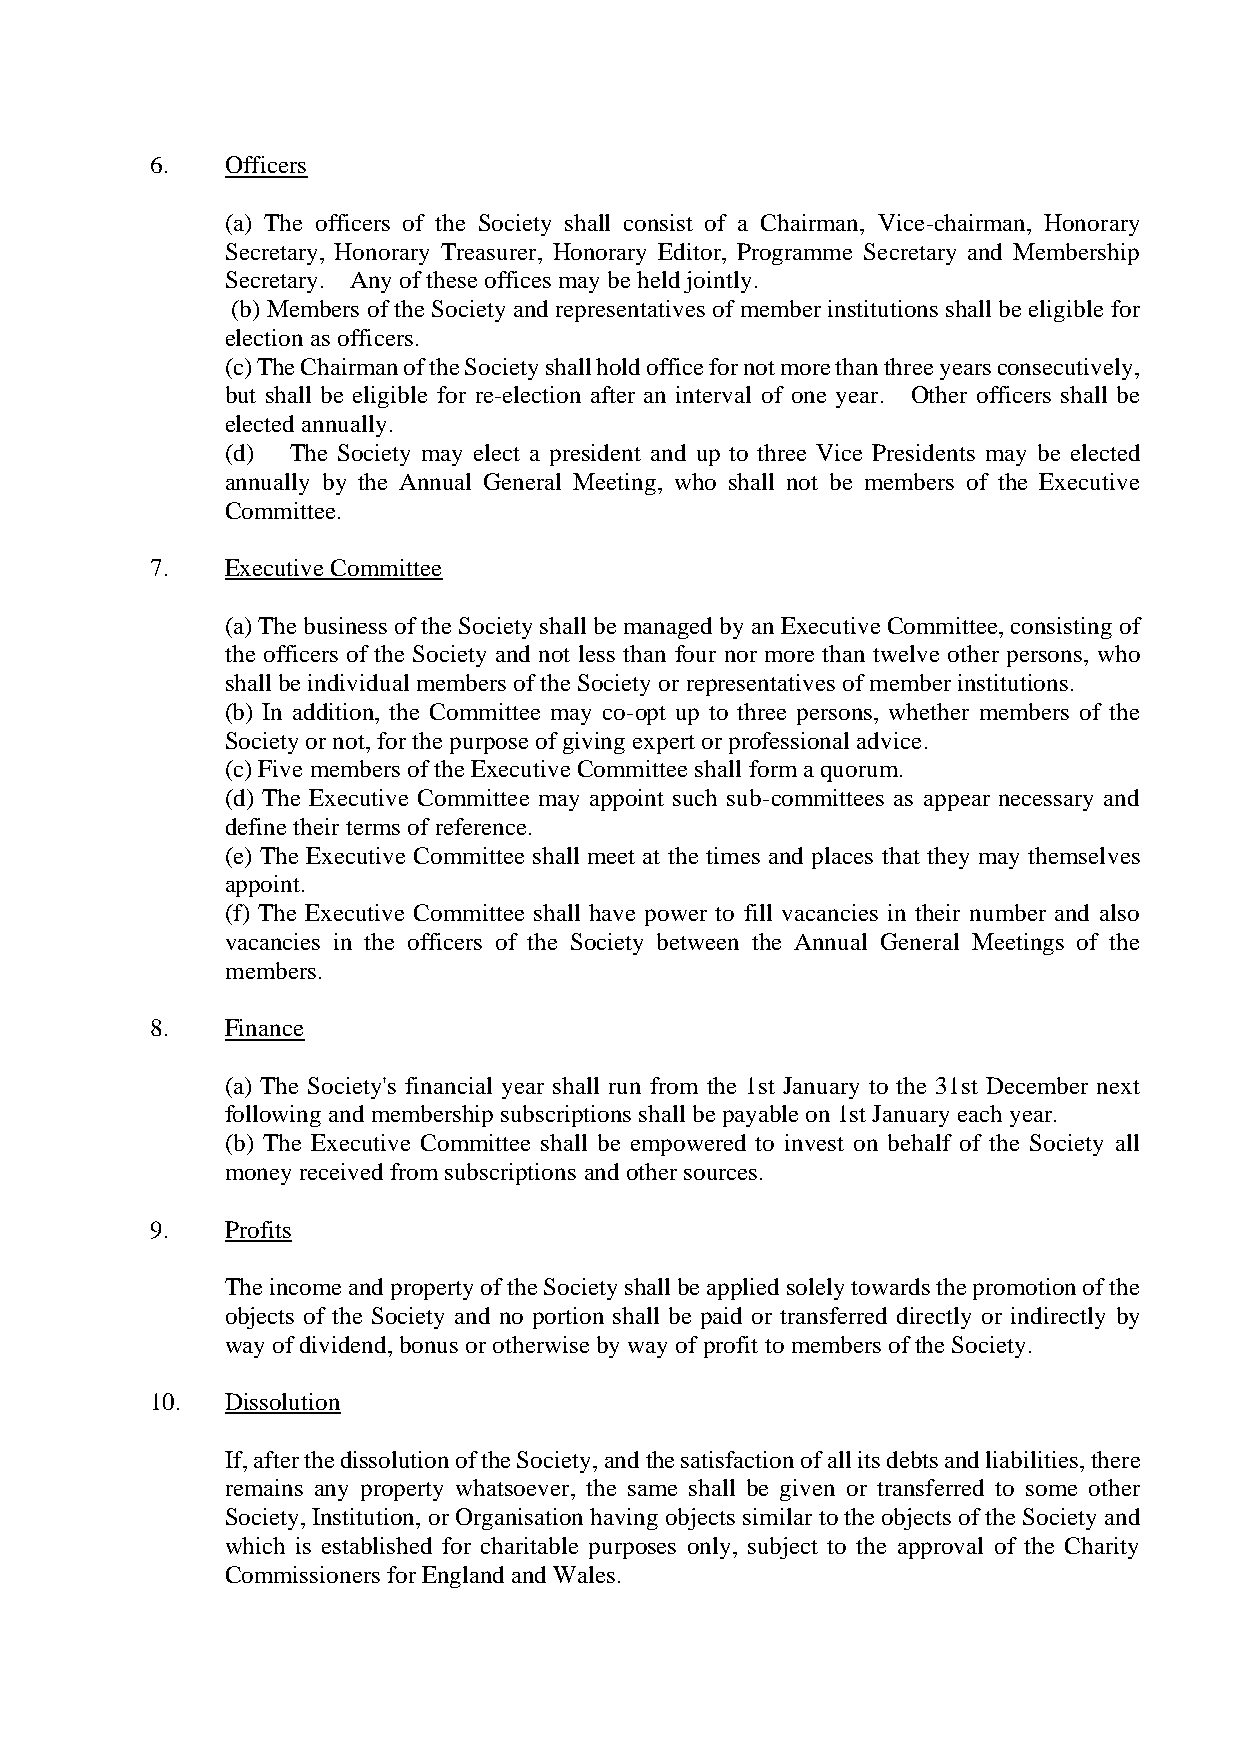
6.   Officers
 (a) The officers of the Society shall consist of a Chairman, Vice-chairman, Honorary
 Secretary, Honorary Treasurer, Honorary Editor, Programme Secretary and Membership
 Secretary. Any of these offices may be held jointly.
 (b) Members of the Society and representatives of member institutions shall be eligible for
 election as officers.
 (c) The Chairman of the Society shall hold office for not more than three years consecutively,
 but shall be eligible for re-election after an interval of one year. Other officers shall be
 elected annually.
 (d) The Society may elect a president and up to three Vice Presidents may be elected
 annually by the Annual General Meeting, who shall not be members of the Executive
 Committee.
 7.   Executive Committee
 (a) The business of the Society shall be managed by an Executive Committee, consisting of
 the officers of the Society and not less than four nor more than twelve other persons, who
 shall be individual members of the Society or representatives of member institutions.
 (b) In addition, the Committee may co-opt up to three persons, whether members of the
 Society or not, for the purpose of giving expert or professional advice.
 (c) Five members of the Executive Committee shall form a quorum.
 (d) The Executive Committee may appoint such sub-committees as appear necessary and
 define their terms of reference.
 (e) The Executive Committee shall meet at the times and places that they may themselves
 appoint.
 (f) The Executive Committee shall have power to fill vacancies in their number and also
 vacancies in the officers of the Society between the Annual General Meetings of the
 members.
 8.   Finance
 (a) The Society's financial year shall run from the 1st January to the 31st December next
 following and membership subscriptions shall be payable on 1st January each year.
 (b) The Executive Committee shall be empowered to invest on behalf of the Society all
 money received from subscriptions and other sources.
 9.   Profits
 The income and property of the Society shall be applied solely towards the promotion of the
 objects of the Society and no portion shall be paid or transferred directly or indirectly by
 way of dividend, bonus or otherwise by way of profit to members of the Society.
 10.  Dissolution
 If, after the dissolution of the Society, and the satisfaction of all its debts and liabilities, there
 remains any property whatsoever, the same shall be given or transferred to some other
 Society, Institution, or Organisation having objects similar to the objects of the Society and
 which is established for charitable purposes only, subject to the approval of the Charity
 Commissioners for England and Wales.